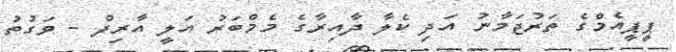
ޕީޕީއެމްގެ ތަރުޖަމާނު އަދި ކެލާ ދާއިރާގެ މެމްބަރު އަލީ އާރިފް - ވަގުތު